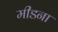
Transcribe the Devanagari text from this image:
मीडना